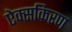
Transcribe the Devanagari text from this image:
ऐक्सकिरण